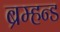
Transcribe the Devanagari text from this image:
ब्रम्हन्ड